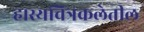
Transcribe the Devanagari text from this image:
हास्यचित्रकलेतील